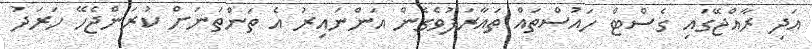
އަދި ރާއްޖޭގައި ގެސްޓް ހައުސްތައް ތައާރަފުވެގެން އަންނައިރު އެ ތަންތަނަށް ކުރަންޖެހޭ ހަރަދު